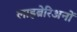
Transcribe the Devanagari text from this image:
लाइब्रेरिअनों